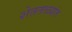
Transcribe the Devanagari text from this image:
शेततळ्यांत